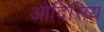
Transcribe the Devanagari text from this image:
ओदिसिय